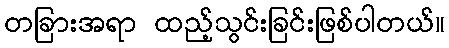
တခြားအရာ ထည့်သွင်းခြင်းဖြစ်ပါတယ်။